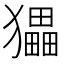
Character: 𤢹